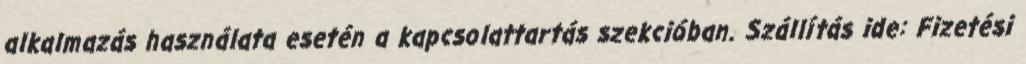
alkalmazás használata esetén a kapcsolattartás szekcióban. Szállítás ide: Fizetési